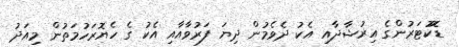
ޑޮކުޓަރުންގެ އިރުޝާދާއި އެކު ދެވެމުން ދިޔަ ފަރުވާއާއި އެކު ގެ ހެޔޮރަހުމަތުން މިއަދު